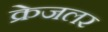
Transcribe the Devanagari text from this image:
क्रेजलर